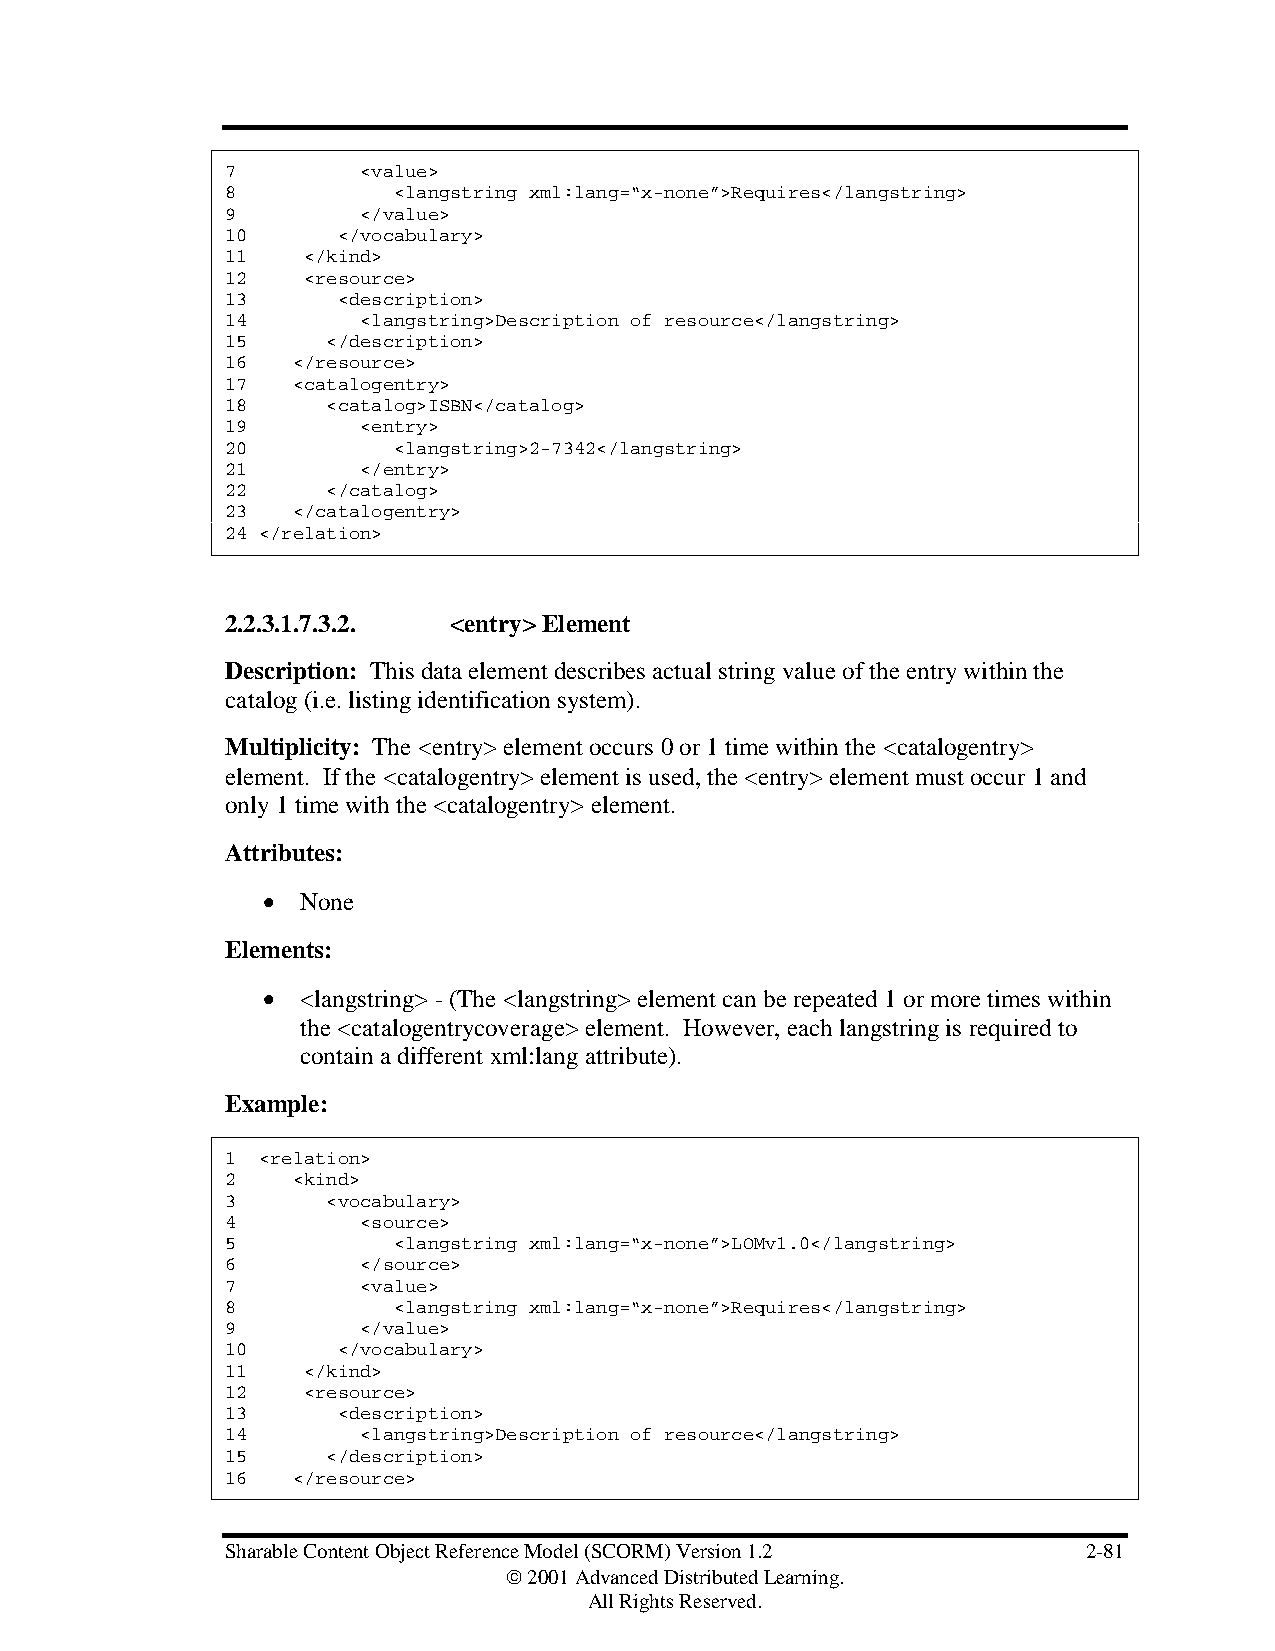
7        <value>
 8          <langstring xml:lang=“x-none”>Requires</langstring>
 9        </value>
 10     </vocabulary>
 11   </kind>
 12   <resource>
 13     <description>
 14       <langstring>Description of resource</langstring>
 15     </description>
 16  </resource>
 17  <catalogentry>
 18     <catalog>ISBN</catalog>
 19       <entry>
 20         <langstring>2-7342</langstring>
 21       </entry>
 22     </catalog>
 23  </catalogentry>
 24 </relation>
 2.2.3.1.7.3.2. <entry> Element
 Description: This data element describes actual string value of the entry within the
 catalog (i.e. listing identification system).
 Multiplicity: The <entry> element occurs 0 or 1 time within the <catalogentry>
 element. If the <catalogentry> element is used, the <entry> element must occur 1 and
 only 1 time with the <catalogentry> element.
 Attributes:
 •  None
 Elements:
 •  <langstring> - (The <langstring> element can be repeated 1 or more times within
 the <catalogentrycoverage> element. However, each langstring is required to
 contain a different xml:lang attribute).
 Example:
 1 <relation>
 2   <kind>
 3      <vocabulary>
 4        <source>
 5          <langstring xml:lang=“x-none”>LOMv1.0</langstring>
 6        </source>
 7        <value>
 8          <langstring xml:lang=“x-none”>Requires</langstring>
 9        </value>
 10     </vocabulary>
 11   </kind>
 12   <resource>
 13     <description>
 14       <langstring>Description of resource</langstring>
 15     </description>
 16  </resource>
 Sharable Content Object Reference Model (SCORM) Version 1.2 2-81
  2001 Advanced Distributed Learning.
 All Rights Reserved.